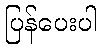
ပြန်ပေးပါ